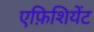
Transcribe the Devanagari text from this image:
एफ़िशियेंट